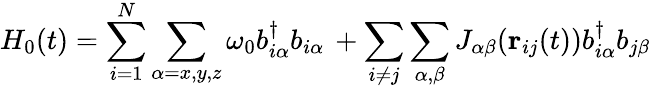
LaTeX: H_{0}(t)=\sum_{i=1}^{N}\sum_{\alpha=x,y,z}\omega_{0}b_{i\alpha}^{\dagger}b_{i\alpha}\, +\sum_{i\neq j}\sum_{\alpha,\beta}J_{\alpha\beta}({\mathbf r}_{ij}(t))b_{i\alpha}^{\dagger}b_{j\beta}